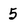
Character: 5